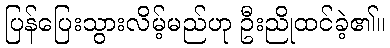
ပြန်ပြေးသွားလိမ့်မည်ဟု ဦးညိုထင်ခဲ့၏။